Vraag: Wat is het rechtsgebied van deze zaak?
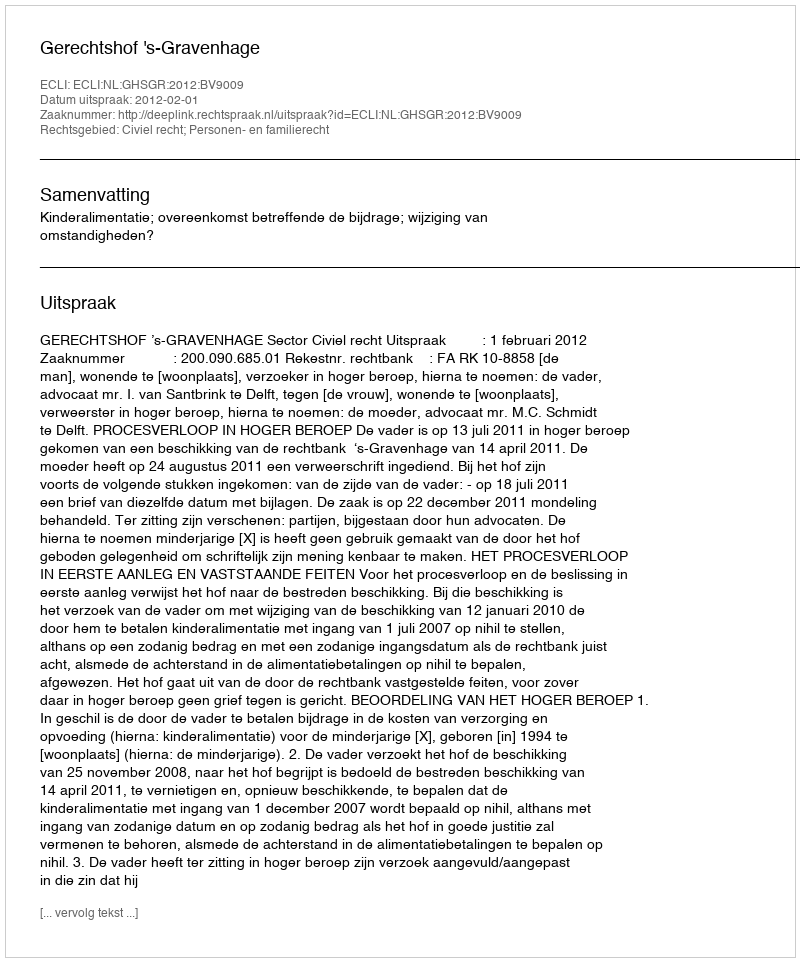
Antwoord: Civiel recht; Personen- en familierecht